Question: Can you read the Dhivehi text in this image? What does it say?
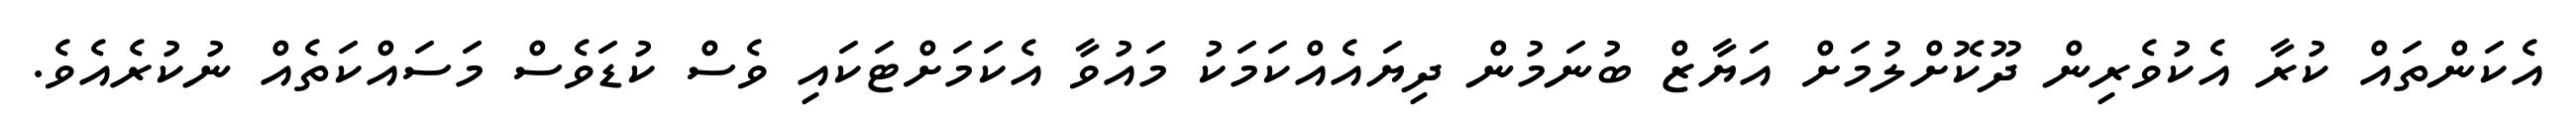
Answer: އެކަންތައް ކުރާ އެކުވެރިން ދޫކޮށްލުމަށް އަޔާޒް ބުނަމުން ދިޔައެއްކަމަކު މައުވާ އެކަމަށްޓަކައި ވެސް ކުޑަވެސް މަސައްކަތެއް ނުކުރެއެވެ.